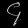
Digit: ၄